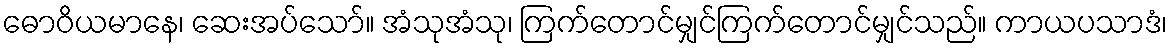
ဓောဝိယမာနေ၊ ဆေးအပ်သော်။ အံသုအံသု၊ ကြက်တောင်မျှင်ကြက်တောင်မျှင်သည်။ ကာယပသာဒံ၊